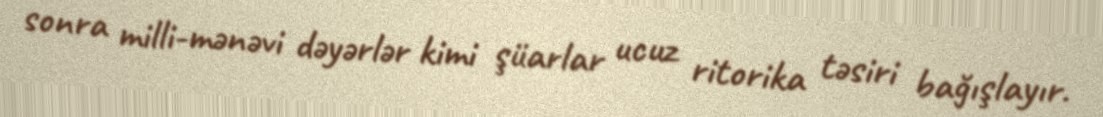
sonra milli-mənəvi dəyərlər kimi şüarlar ucuz ritorika təsiri bağışlayır.